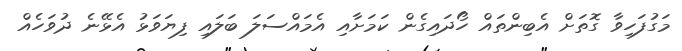
މަގުފަހިވާ ގޮތަށް އެބިންތައް ހޯދައިގެން ކަމަށާއި އެމައްސަލަ ބަލައި ފިޔަވަޅު އެޅޭނެ ދުވަހެއް